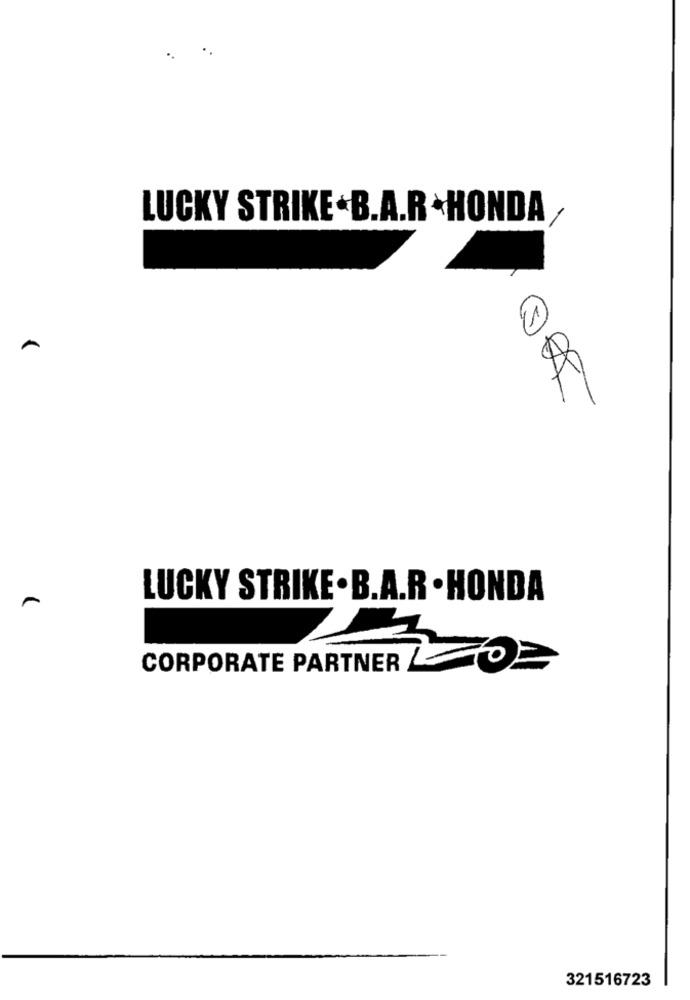
LUCKY STRIKE .B.A.R .HONDA/
A
LUCKY STRIKE . B.A.R . HONDA
-
CORPORATE PARTNER
321516723